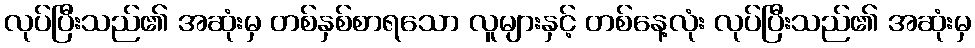
လုပ်ပြီးသည်၏ အဆုံးမှ တစ်နှစ်စာရသော လူများနှင့် တစ်နေ့လုံး လုပ်ပြီးသည်၏ အဆုံးမှ